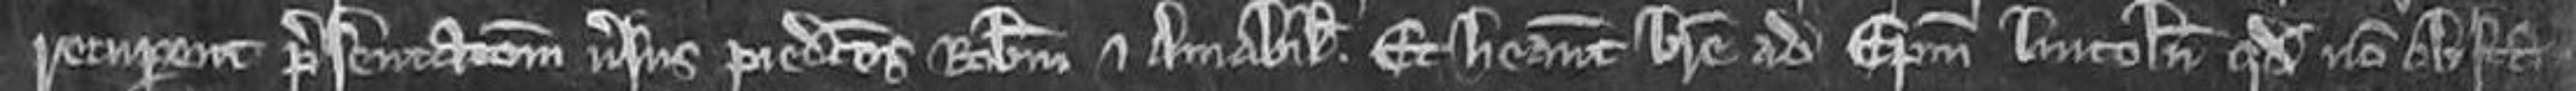
recuperent presentacionem versus predictos Robertum et Amabiliam. et habeant breve ad episcopum Lincoln quod non obstan